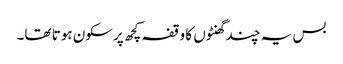
بس یہ چند گھنٹوں کا وقفہ کچھ پرسکون ہوتا تھا۔